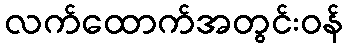
လက်ထောက်အတွင်းဝန်